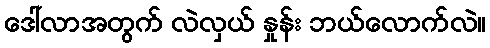
ဒေါ်လာအတွက် လဲလှယ် နှုန်း ဘယ်လောက်လဲ။